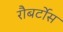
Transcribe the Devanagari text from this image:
रौबर्टोस